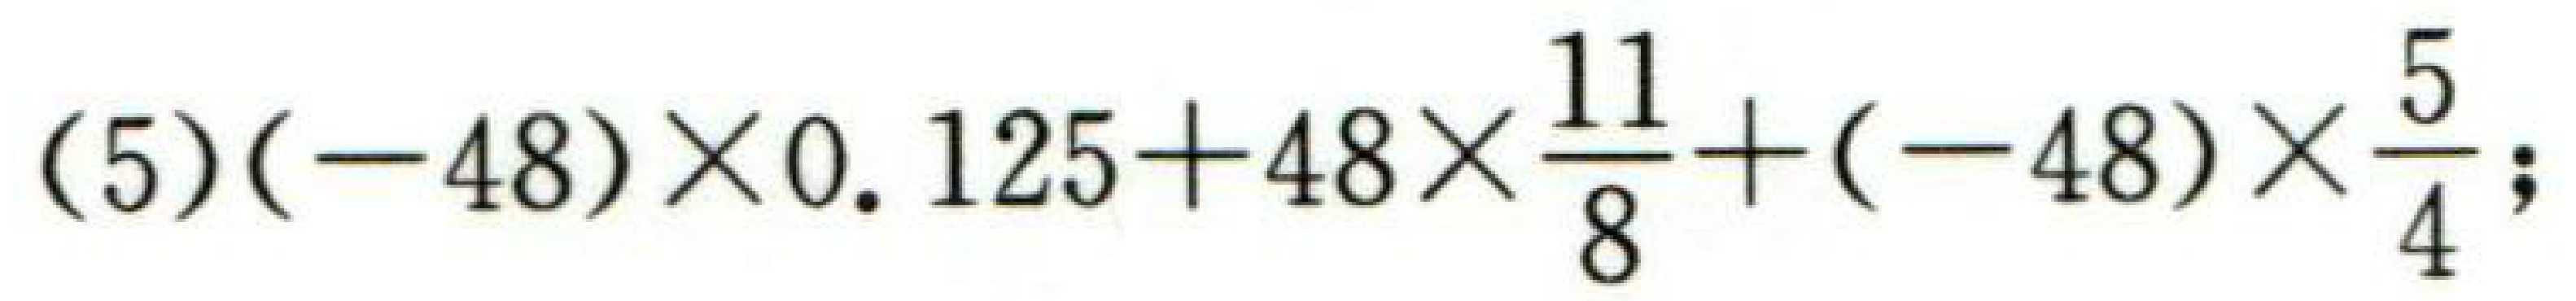
\((5)(-48)\times0.125 + 48\times\frac{11}{8}+(-48)\times\frac{5}{4};\)